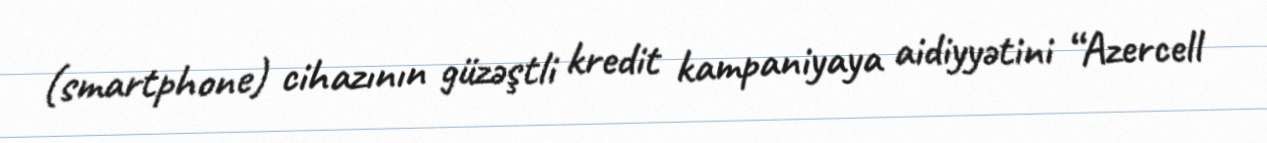
(smartphone) cihazının güzəştli kredit kampaniyaya aidiyyətini “Azercell